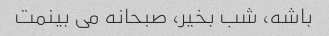
باشه، شب بخیر، صبحانه می بینمت